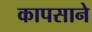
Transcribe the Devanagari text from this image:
कापसाने